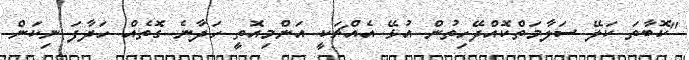
"ކޮބާތަ ކަލޭ ސަލާމަތްކޮއްދޭހިތުން އުޅޭ އެއްޗަކީ އަންމިއޮތީ ހަދާނެ ގޮތެއް ހަދާފަ ނިކަން